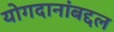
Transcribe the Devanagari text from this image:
योगदानांबद्दल